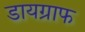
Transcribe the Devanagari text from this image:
डायग्राफ